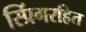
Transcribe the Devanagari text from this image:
स्प्रिंगरहित